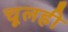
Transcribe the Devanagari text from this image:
चूलही